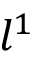
l ^ { 1 }